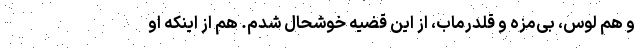
و هم لوس، بی‌مزه و قلدرماب، از این قضیه خوشحال شدم. هم از اینکه او